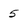
Character: 5